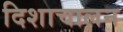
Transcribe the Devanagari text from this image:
दिशाचालन